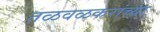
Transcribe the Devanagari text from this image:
तळवळकरांच्या